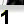
Digit: 1